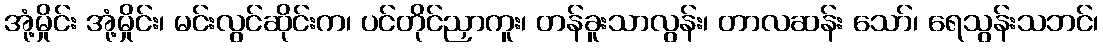
အုံ့မှိုင်း အုံ့မှိုင်း၊ မင်းလွင်ဆိုင်းက၊ ပင်တိုင်ညှာကူး၊ တန်ခူးသာလွန်း၊ တာလဆန်း သော်၊ ရေသွန်းသဘင်၊